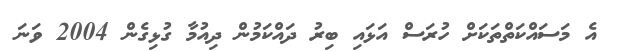
އެ މަސައްކަތްތަކަށް ހުރަސް އަޅައި ބިރު ދައްކަމުން ދިއުމާ ގުޅިގެން 2004 ވަނަ